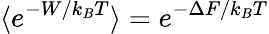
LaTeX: \langle e^{-W/k_{B}T}\rangle=e^{-\Delta F/k_{B}T}